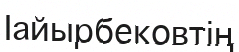
Іайырбековтің